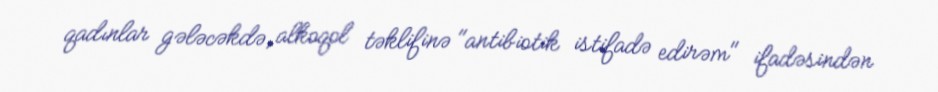
qadınlar gələcəkdə, alkoqol təklifinə "antibiotik istifadə edirəm" ifadəsindən